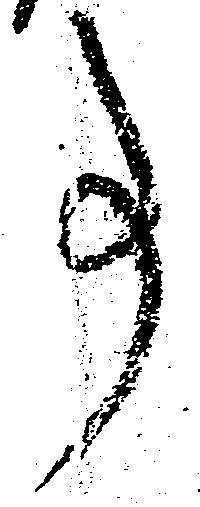
事